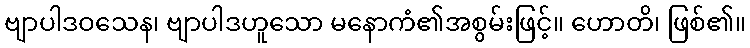
ဗျာပါဒဝသေန၊ ဗျာပါဒဟူသော မနောကံ၏အစွမ်းဖြင့်။ ဟောတိ၊ ဖြစ်၏။